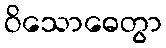
ဝိသောဓေတွာ